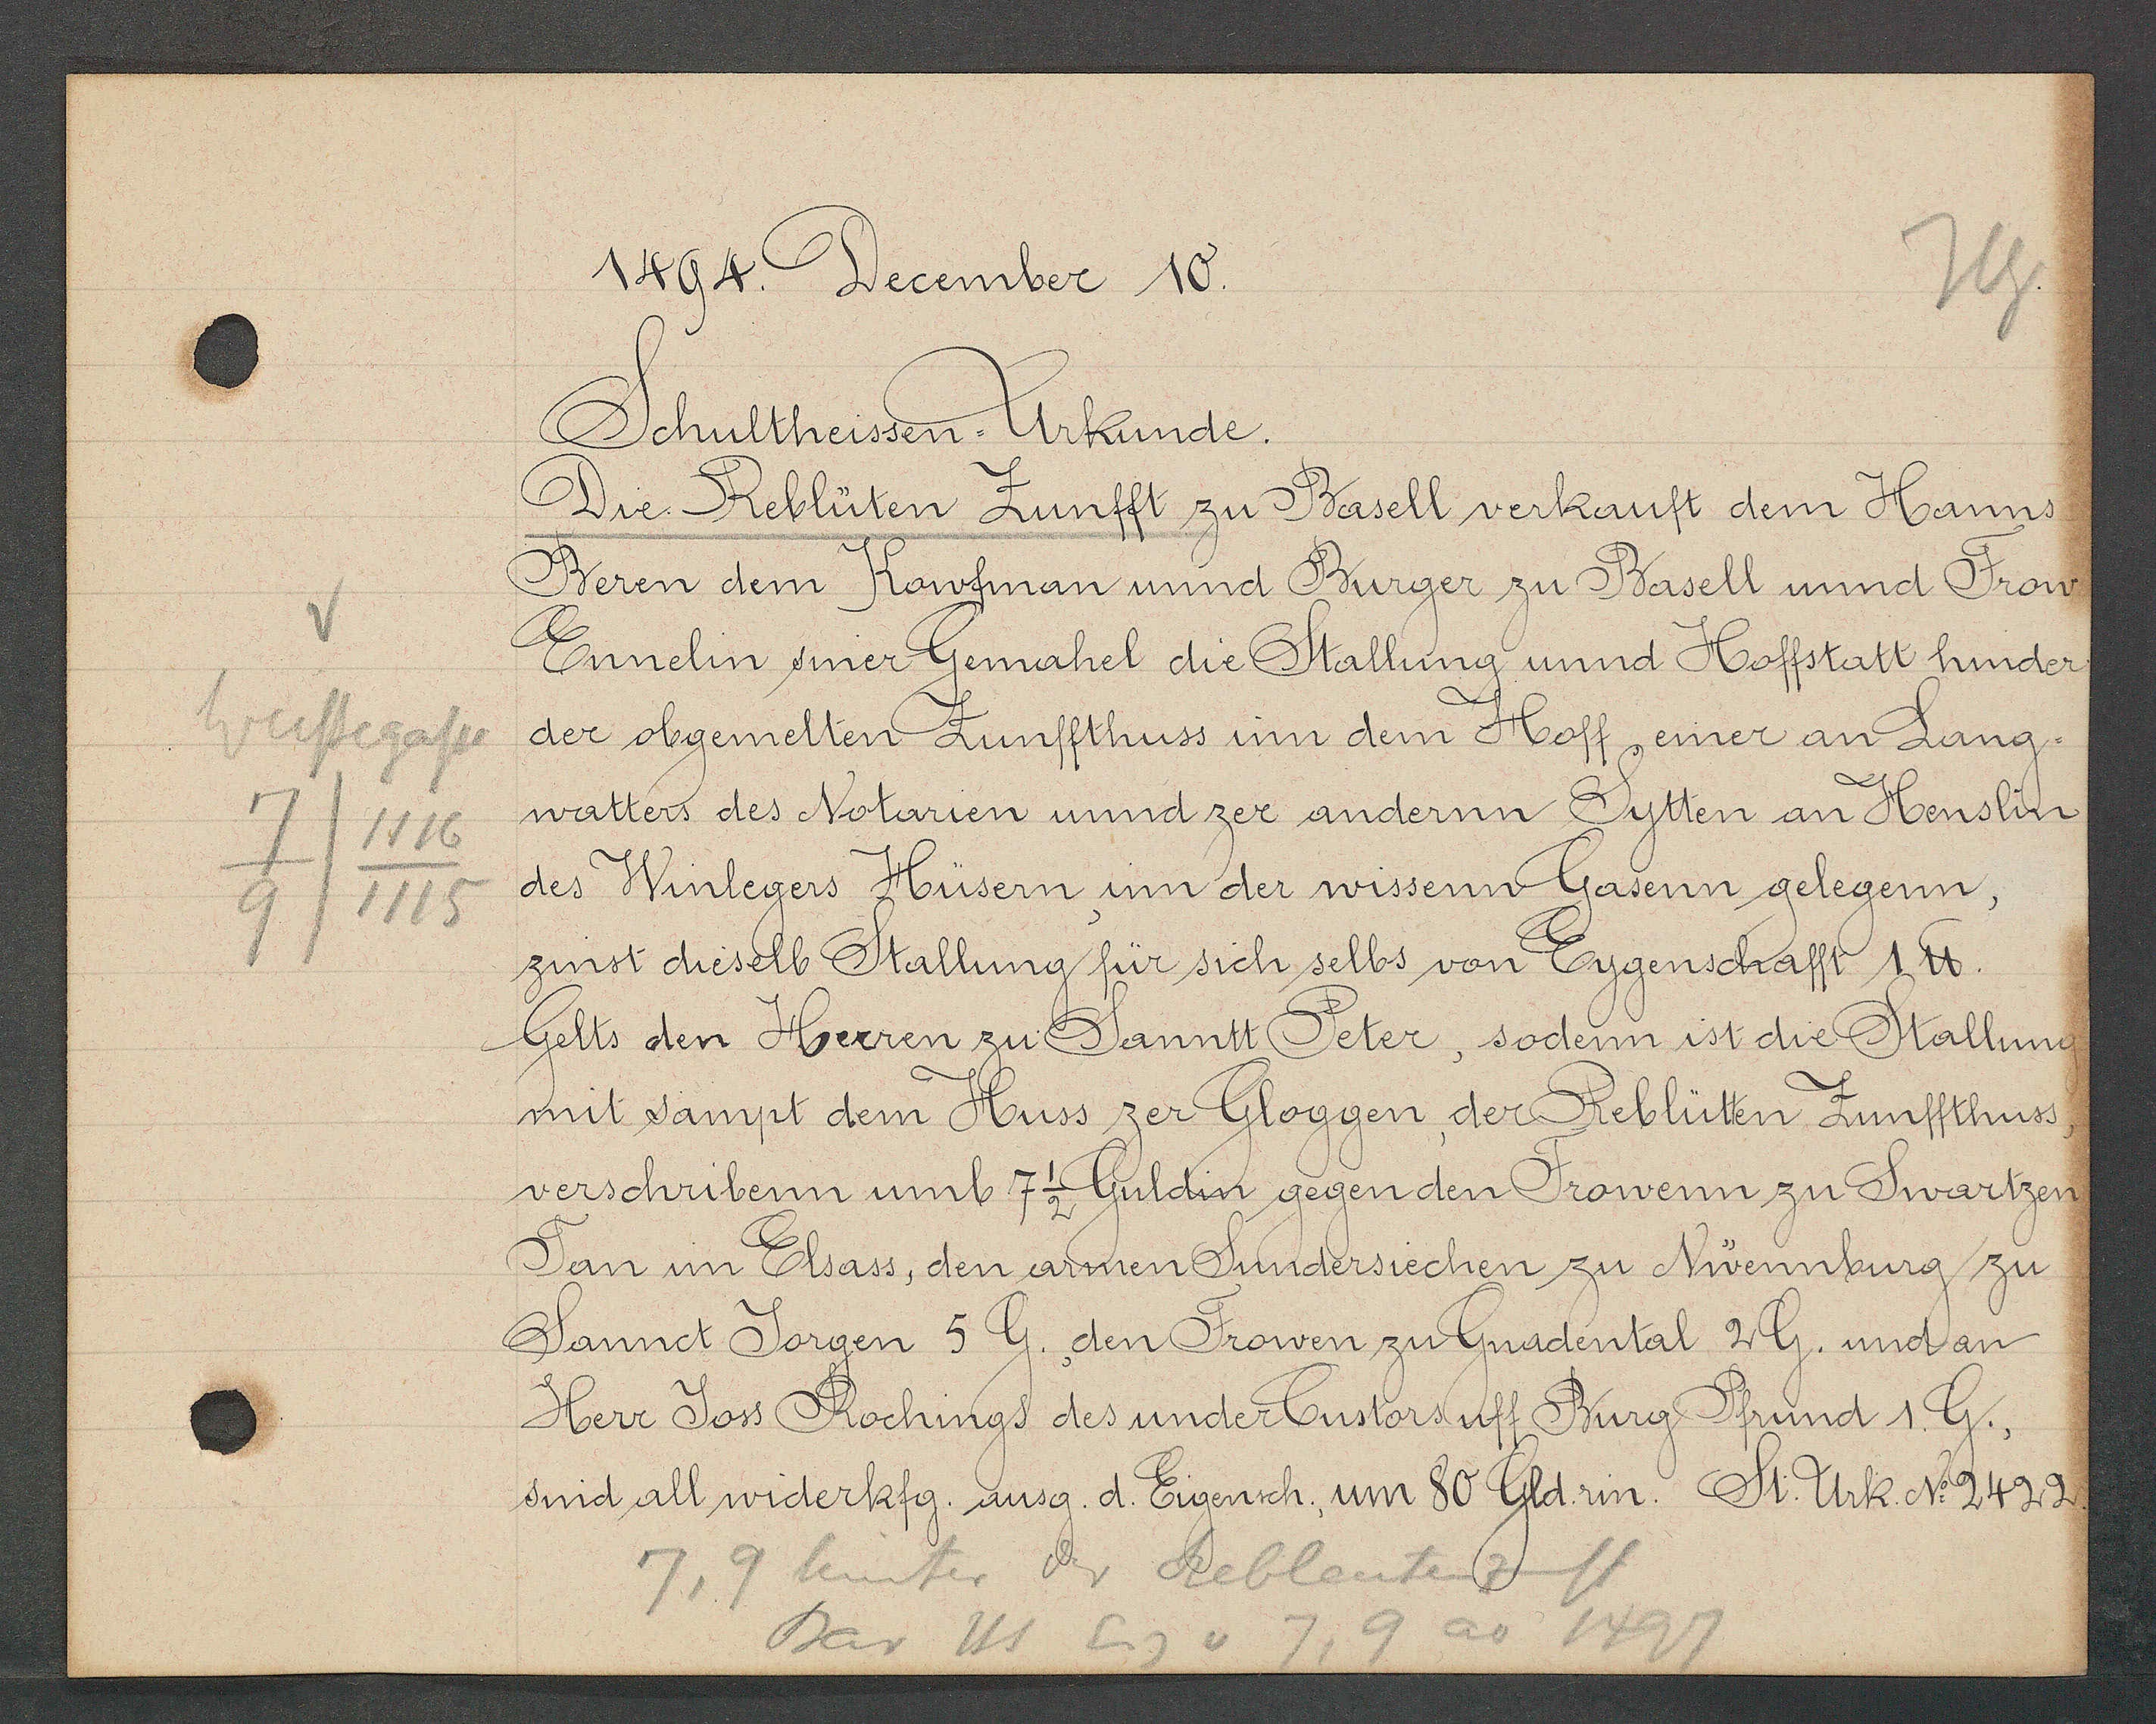
Transcript:
Weissegasse
7
1116
1115
9

1494 December 10.

Schultheissen = Urkunde.
Die Reblüten Zunfft zu Basell verkauft dem Hanns
Beren dem Kaufman und Burger zu Basell unnd Frow
Ennelin siner Gemahel die Stallung unnd Hoffstatt hinder
der obgemeller Zunffthuss inn dem Hoff, einer an Lang-
watters des Notarien und zer andernn Sytten an Henslin¬
des Winlegers Hüsern, inn der wissenn Gasenn gelegenn,
zinst dieselb Stallung für sich selbs von Eygenschafft 1 ℔.
Gelts den Herren zu Sanntt Peter, sodenn ist die Stallung
mit sampt dem Huss zer Gloggen, der Reblütten Zunffthuss
verschribenn umb 7 1/2 Guldin gegen den Frowenn zu Swartzen
Tan in Elsass, den armen Sundersiechen zu Nüennburg zu
Sannct Jorgen 5 G. den Frowen zu Gnadental 2G. und an
Herr Joss Rochings des under Custorsuff Burg Pfrund 1 G.
und all widerkfg. ausg. d. Eigensch. um 80 Gldrin. St. Urk. No. 2499.

7,9 hinter der Rebleutenzunft.
ao 1497
Dar Hs Eig v 7,9.